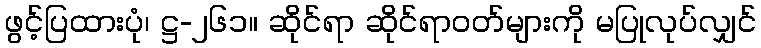
ဖွင့်ပြထားပုံ၊ ဋ္ဌ-၂၆၁။ ဆိုင်ရာ ဆိုင်ရာဝတ်များကို မပြုလုပ်လျှင်